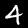
Digit: 4